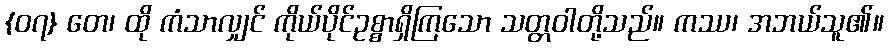
{၀၇} တေ၊ ထို ကံသာလျှင် ကိုယ်ပိုင်ဥစ္စာရှိကြသော သတ္တဝါတို့သည်။ ကဿ၊ အဘယ်သူ၏။